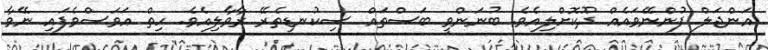
އަންޖަލް ފުންނޭވައެއް ދޫކޮށްލިއެވެ. ބުނަންވީ ބަސްތައް ސިކުނޑިތެރޭ ރާވާލިއެވެ. ހިތް އަވަސްވެފައި ނޭވާ